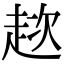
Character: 趑